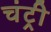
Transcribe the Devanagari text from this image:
चंट्री